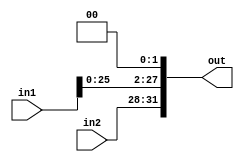

module jumpaddress(in1,in2,out);
input [27:0] in1;
input [3:0] in2;
output [31:0] out;
assign out[31:2]={in2, in1[25:0]};
assign out[1:0]=2'b0;
endmodule